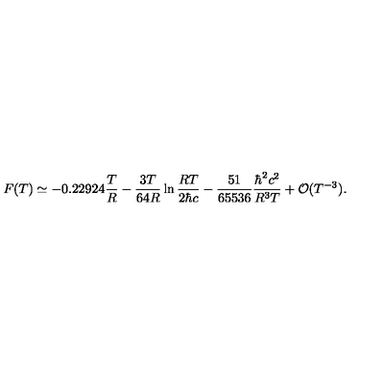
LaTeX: F ( T ) \simeq - 0 . 2 2 9 2 4 \frac { T } { R } - \frac { 3 T } { 6 4 R } \ln \frac { R T } { 2 \hbar c } - \frac { 5 1 } { 6 5 5 3 6 } \frac { \hbar ^ { 2 } c ^ { 2 } } { R ^ { 3 } T } + { \cal O } ( T ^ { - 3 } ) .